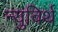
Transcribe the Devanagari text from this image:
न्युविर्थ